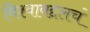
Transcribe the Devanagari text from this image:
विश्वाबद्दलचं